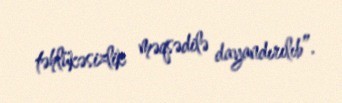
təhlükəsizlik məqsədilə dayandırılıb”.